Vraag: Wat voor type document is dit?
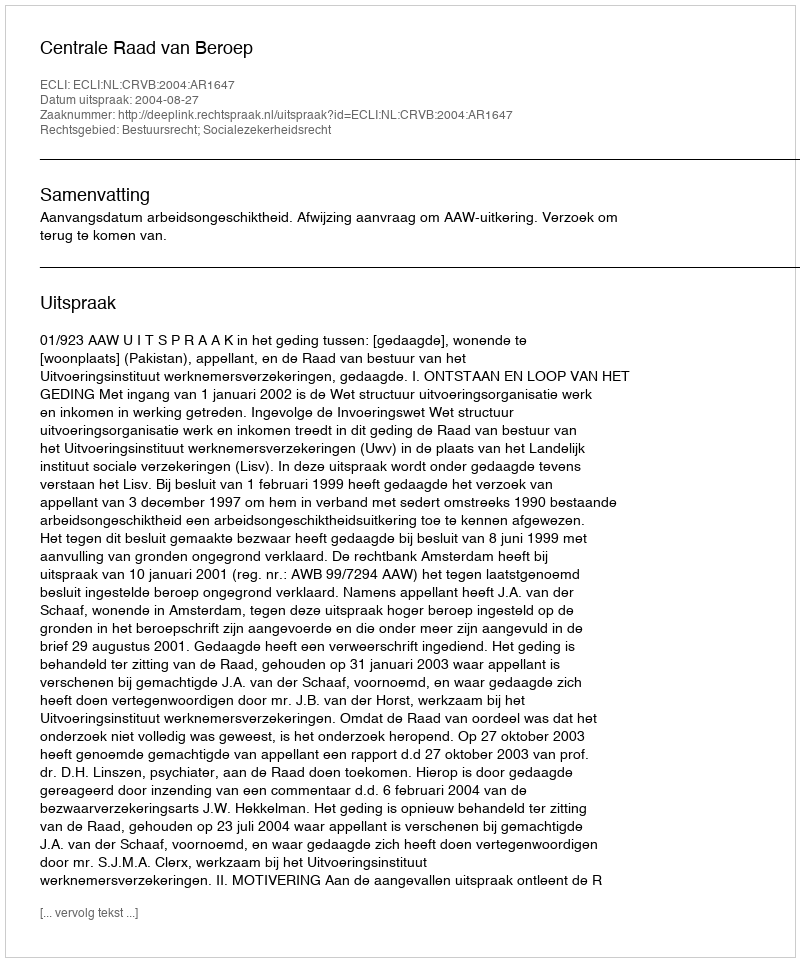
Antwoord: Uitspraak